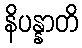
နိပန္နာတိ